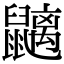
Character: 𪖂